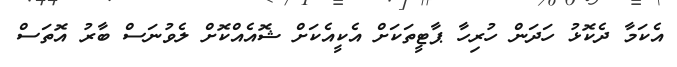
އެކަމާ ދެކޮޅު ހަދަން ހުރިހާ ޕާޓީތަކަށް އެކީއެކަށް ޝޮއެއްކޮށް ލެވުނަސް ބާރު އޮތަސް